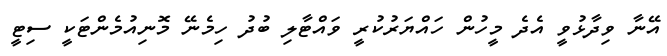
އޭނާ ވިދާޅުވީ އެދެ މީހުން ހައްޔަރުކުރީ ވައްޓާލި ބުދު ހިމެނޭ މޮނިއުމެންޓަކީ ސިޓީ